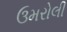
ઉમરોલી